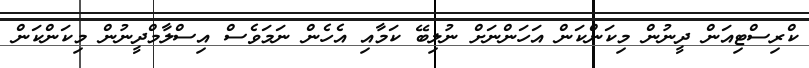
ކްރިސްޓިއަން ދީނުން މިކަންކަން އަހަންނަށް ނުލިބޭ ކަމާއި އެހެން ނަމަވެސް އިސްލާމްދީނުން މިކަންކަން